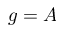
g = A